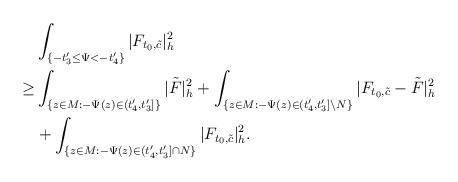
LaTeX: \begin{align*}&\int_{ \{-t'_3\le\Psi<-t'_4\}}|F_{t_0,\tilde{c}}|^2_h\\\ge & \int_{\{z\in M:-\Psi(z)\in (t'_4,t'_3]\}}|\tilde F|^2_h+\int_{\{z\in M:-\Psi(z)\in (t'_4,t'_3]\backslash N\}}|F_{t_0,\tilde{c}}-\tilde F|^2_h\\&+\int_{ \{z\in M: -\Psi(z)\in(t'_4,t'_3]\cap N\}}|F_{t_0,\tilde{c}}|^2_h.\end{align*}